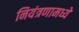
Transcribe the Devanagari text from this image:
नियंत्रणामध्ये